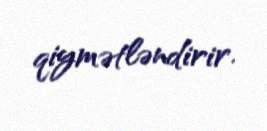
qiymətləndirir.